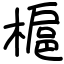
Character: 槴